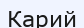
Карий